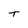
Character: T